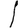
Digit: 1